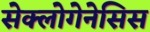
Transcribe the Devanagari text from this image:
सेक्लोगेनेसिस